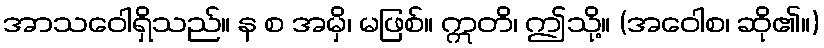
အာသဝေါရှိသည်။ န စ အမှိ၊ မဖြစ်။ ဣတိ၊ ဤသို့။ (အဝေါစ၊ ဆို၏။)